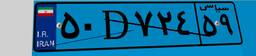
۸۸D۶۹۳۱۵